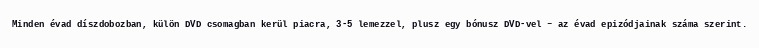
Minden évad díszdobozban, külön DVD csomagban kerül piacra, 3-5 lemezzel, plusz egy bónusz DVD-vel – az évad epizódjainak száma szerint.